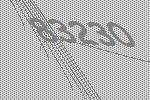
83230